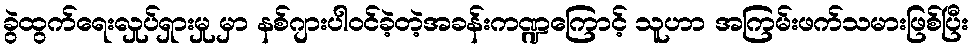
ခွဲထွက်ရေးလှုပ်ရှားမှု မှာ နစ်ဂျားပါဝင်ခဲ့တဲ့အခန်းကဏ္ဍကြောင့် သူဟာ အကြမ်းဖက်သမားဖြစ်ပြီး